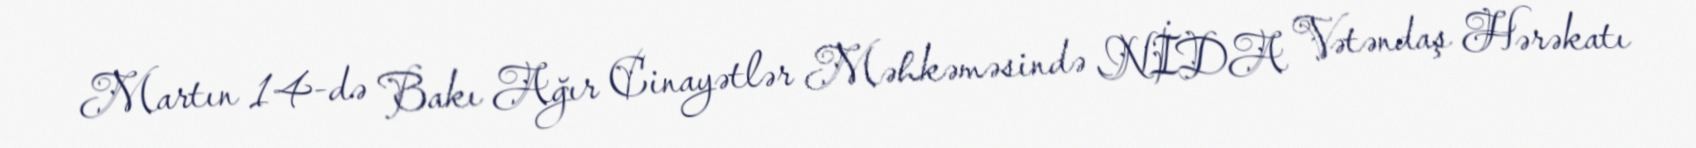
Martın 14-də Bakı Ağır Cinayətlər Məhkəməsində NİDA Vətəndaş Hərəkatı